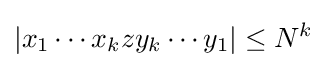
|x_{1}\cdots x_{k}zy_{k}\cdots y_{1}|\leq N^{k}